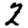
Digit: 2